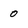
Character: 0